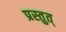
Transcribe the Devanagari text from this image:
प्रस्तुत्